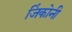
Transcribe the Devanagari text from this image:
जिंकोनी